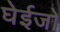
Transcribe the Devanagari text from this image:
घेईजो